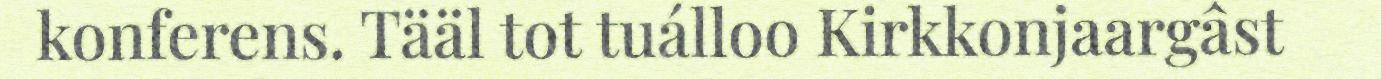
konferens. Tääl tot tuálloo Kirkkonjaargâst